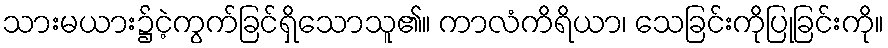
သားမယား၌ငဲ့ကွက်ခြင်ရှိသောသူ၏။ ကာလံကိရိယာ၊ သေခြင်းကိုပြုခြင်းကို။